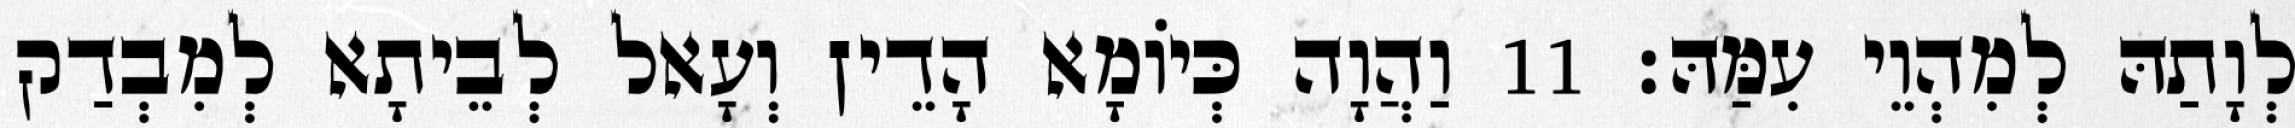
לְוָתַהּ לְמִהְוֵי עִמַּהּ׃ 11 וַהֲוָה כְּיוֹמָא הָדֵין וְעָאל לְבֵיתָא לְמִבְדַק